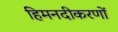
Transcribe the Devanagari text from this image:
हिमनदीकरणों